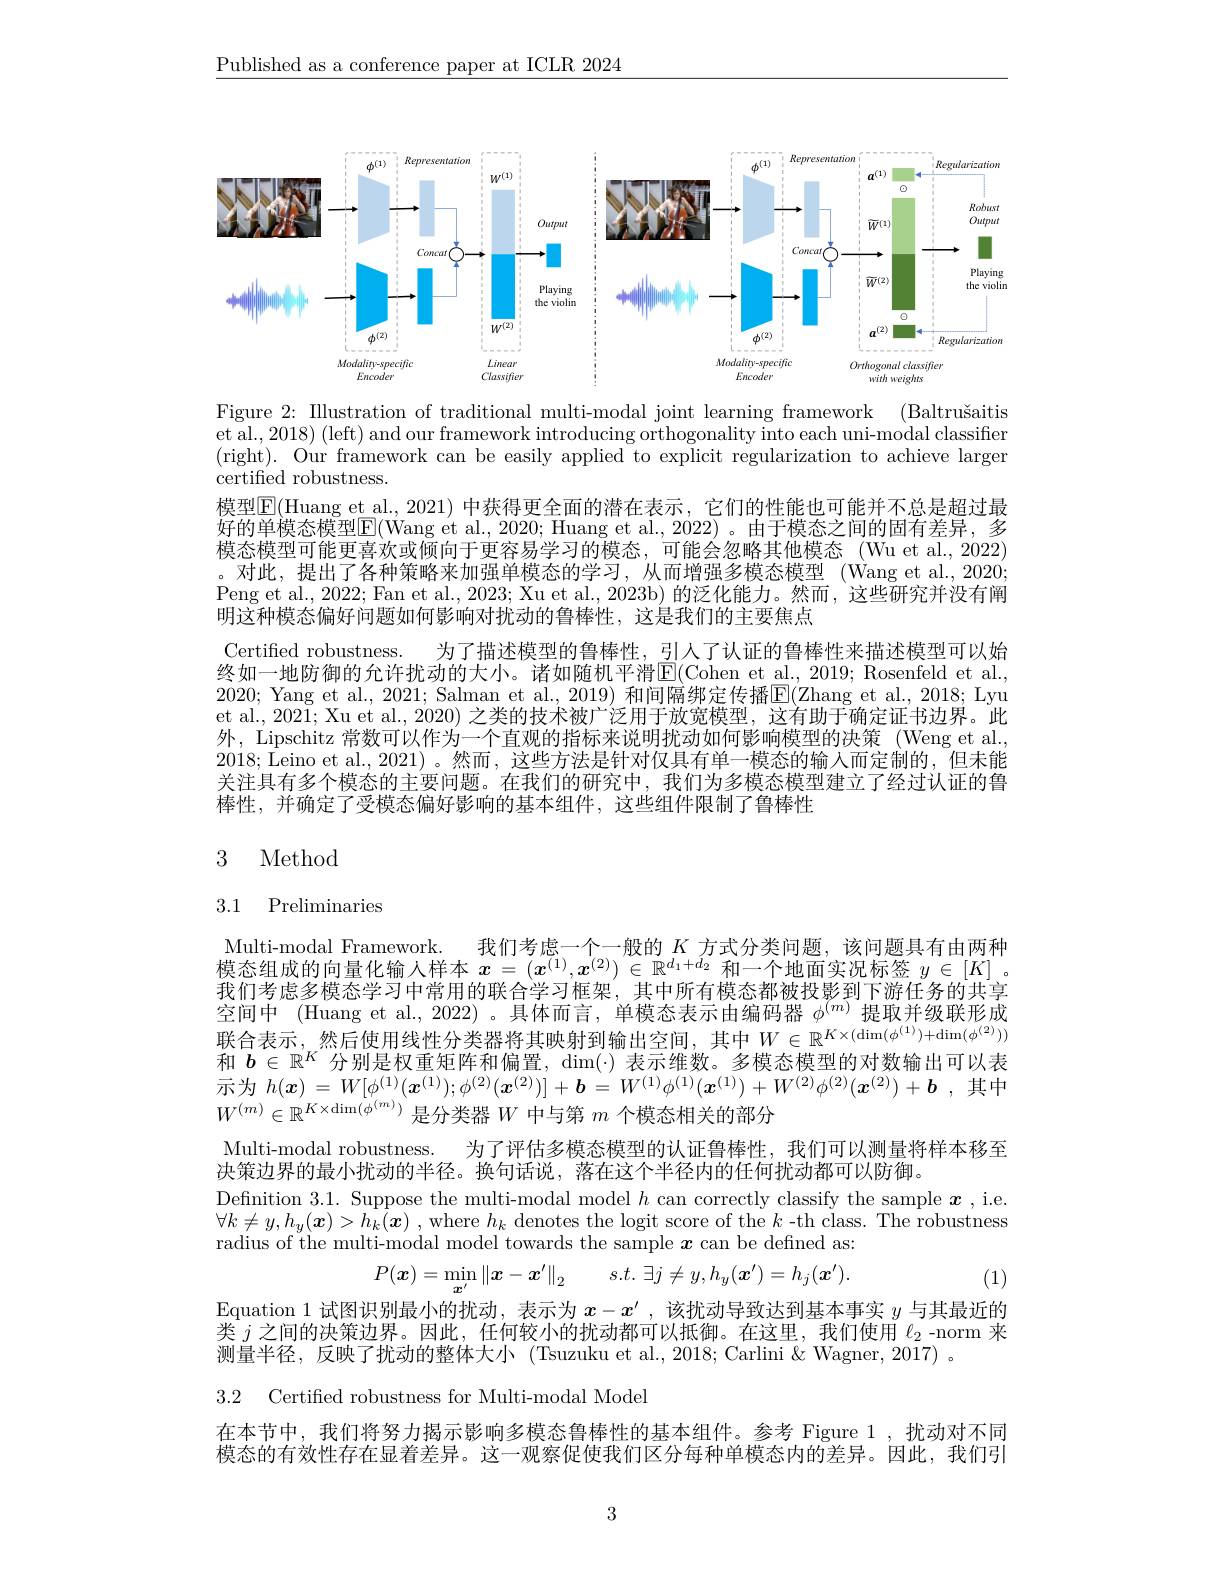
$\underline{\text{Published as a conference paper at ICLR 2024}}$

<FigureHere>

Figure 2: Illustration of traditional multi-modal joint learning framework (Baltrušaitis et al., 2018) (left) and our framework introducing orthogonality into each uni-modal classifier (right). Our framework can be easily applied to explicit regularization to achieve larger certified robustness.

模型$\overline{\mathbb{E}}($Huang et al., 2021) 中获得更全面的潜在表示，它们的性能也可能并不总是超过最好的单模态模型E(Wang et al., 2020; Huang et al., 2022)。由于模态之间的固有差异，多模态模型可能更喜欢或倾向于更容易学习的模态，可能会忽略其他模态 (Wu et al., 2022) 。对此，提出了各种策略来加强单模态的学习，从而增强多模态模型(Wang et al.,2020; Peng et al., 2022; Fan et al., 2023; Xu et al., 2023b) 的泛化能力。然而，这些研究并没有阐明这种模态偏好问题如何影响对扰动的鲁棒性，这是我们的主要焦点
Certified robustness.
为了描述模型的鲁棒性，引人了认证的鲁棒性来描述模型可以始
终如一地防御的允许扰动的大小。诸如随机平滑$\overline{\mathrm{E}}($Cohen et al., 2019; Rosenfeld et al., 2020; Yang et al., 2021; Salman et al., 2019) 和间隔绑定传播$\boxed{\mathrm{E} }( \mathbb{Z}$hang et al., 2018; Lyu et al., 2021; Xu et al., 2020) 之类的技术被广泛用于放宽模型，这有助于确定证书边界。此外，Lipschitz 常数可以作为一个直观的指标来说明扰动如何影响模型的决策 (Weng et al. 2018; Leino et al., 2021)。然而，这些方法是针对仅具有单一模态的输入而定制的，但未能关注具有多个模态的主要问题。在我们的研究中，我们为多模态模型建立了经过认证的鲁棒性，并确定了受模态偏好影响的基本组件，这些组件限制了鲁棒性

# 3 Method

# 3.1 Preliminaries

Multi-modal Framework.
我们考虑一个一般的$K$方式分类问题，该问题具有由两种
模态组成的向量化输入样本$x=(x^{(1)},x^{(2)})\in\mathbb{R}^{d_1+d_2}$和一个地面实况标签$y\in[K]$ 。我们考虑多模态学习中常用的联合学习框架，其中所有模态都被投影到下游任务的共享空间中 (Huang et al.,2022) 。具体而言，单模态表示由编码器$\phi^{(m)}$提取并级联形成联合表示，然后使用线性分类器将其映射到输出空间，其中$W\in\mathbb{R}^{K\times(\dim(\phi^{(1)})+\dim(\phi^{(2)}))}$ 和$b\in\mathbb{R}^K$分别是权重矩阵和偏置，$\dim(\cdot)$表示维数。多模态模型的对数输出可以表示为$h(\boldsymbol{x})=W[\phi^{(1)}(\boldsymbol{x}^{(1)});\phi^{(2)}(\boldsymbol{x}^{(2)})]+\boldsymbol{b}=W^{(1)}\phi^{(1)}(\boldsymbol{x}^{(1)})+W^{(2)}\phi^{(2)}(\boldsymbol{x}^{(2)})+\boldsymbol{b}$,其中$W^{(m)}\in\mathbb{R}^{K\times\dim(\phi^{(m)})}$是分类器$W$ 中与第 $m$ 个模态相关的部分
Multi-modal robustness.
为了评估多模态模型的认证鲁棒性，我们可以测量将样本移至
决策边界的最小扰动的半径。换句话说，落在这个半径内的任何扰动都可以防御。
Defnition 3.1. Suppose the multi-modal model $h$ can correctly classify the sample $x$, i.e. $\forall k\neq y, h_{y}( \boldsymbol{x}) > h_{k}( \boldsymbol{x})$ ,where $h_k$ denotes the logit score of the $k$ -th class. The robustness radius of the multi-modal model towards the sample $\boldsymbol x$ can be defined as:
$$P(\boldsymbol{x})=\min_{\boldsymbol{x}^{\prime}}\left\|\boldsymbol{x}-\boldsymbol{x}^{\prime}\right\|_{2}\quad s.t.\:\exists j\neq y,h_{y}(\boldsymbol{x}^{\prime})=h_{j}(\boldsymbol{x}^{\prime}).$$
(1)

Equation 1 试图识别最小的扰动，表示为$x-x^{\prime}$ ,该扰动导致达到基本事实$y$与其最近的类$j$之间的决策边界。因此，任何较小的扰动都可以抵御。在这里，我们使用$\ell_2$ -norm 来测量半径，反映了扰动的整体大小(Tsuzuku et al.,2018; Carlini & Wagner, 2017) 。

3.2 Certified robustness for Multi-modal Model

在本节中，我们将努力揭示影响多模态鲁棒性的基本组件。参考 Figure 1,扰动对不同模态的有效性存在显着差异。这一观察促使我们区分每种单模态内的差异。因此，我们引

3